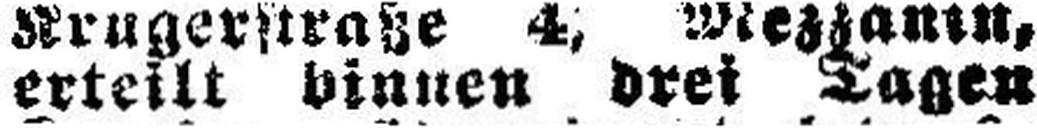
erteilt binnen drei Tagen